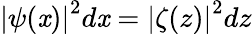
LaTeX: {\left|\psi(\mathit{x})\right|}^{2}d\mathit{x}={\left|\zeta(z)\right|}^{2}dz